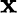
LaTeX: \boldsymbol{\mathbf{x}}